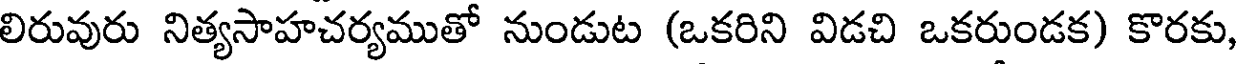
లిరువురు నిత్యసాహచర్యముతో నుండుట (ఒకరిని విడచి ఒకరుండక) కొరకు,